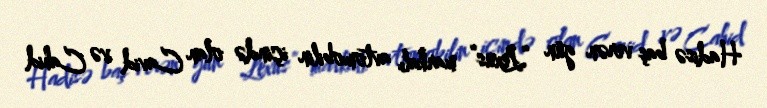
Hadisə baş verən gün “Lexus” markalı avtomobilin içində olan Cavid və Cahid